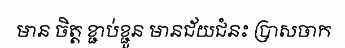
មាន ចិត្ត ខ្ជាប់ខ្ជួន មានជ័យជំនះ ប្រាសចាក